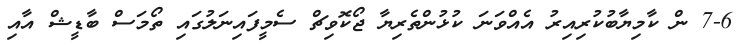
7-6 ން ކާމިޔާބުކުރިއިރު އެއްވަނަ ކުޅުންތެރިޔާ ޖޯކޮވިޗް ސެމީފައިނަލުގައި ތޯމަސް ބާޑީޝް އާއި